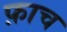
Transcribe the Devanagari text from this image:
फ़ाच